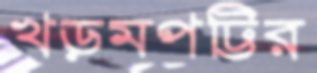
খড়মপট্টির